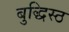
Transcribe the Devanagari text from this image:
बुद्धिस्ठ